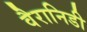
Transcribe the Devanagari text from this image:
वैरानिडी